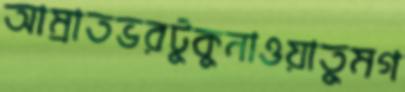
আম্রাতভরটুকুনাওয়াতুমগ